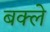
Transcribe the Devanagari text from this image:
बक्ले